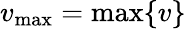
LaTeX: v_{\operatorname*{max}}=\operatorname*{max}\{ v\}